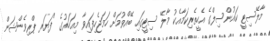
މާލޭސިޓީ ކައުންސިލްގެ އެހީތެރިކަމާއެކު މާލޭ ސިޓީގައި ބޭއްވުމަށް ހަމަޖެހިފައިވާ މިއަހަރުގެ "ފަޔަރ ޕްރިވެންޝަން